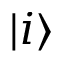
| i \rangle